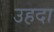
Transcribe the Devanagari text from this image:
उहदा